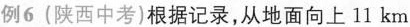
例6 (陕西中考)根据记录，从地面向上 11 km